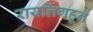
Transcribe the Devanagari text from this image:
रायलिंगहून